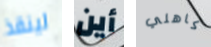
لينقذ أين كاهلي